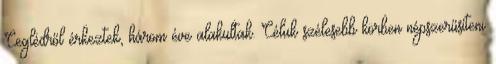
Ceglédről érkeztek, három éve alakultak. Céluk szélesebb körben népszerűsíteni